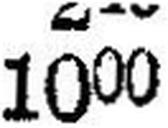
1000